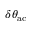
\delta \theta _ { \mathrm { a c } }